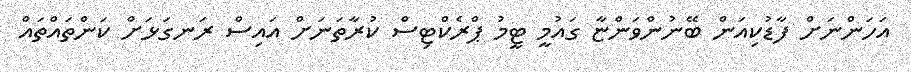
އަހަންނަށް ފާޑުކިއަން ބޭނުންވަންޏާ ގައުމީ ޓީމު ޕްރެކްޓިސް ކުރާތަނަށް އައިސް ރަނގަޅަށް ކަންތައްތައް